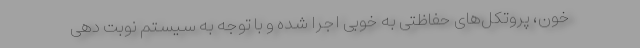
خون، پروتکل‌های حفاظتی به خوبی اجرا شده و با توجه به سیستم نوبت دهی